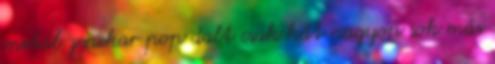
metál zenekar pop dalt csak hát nagyon sok más